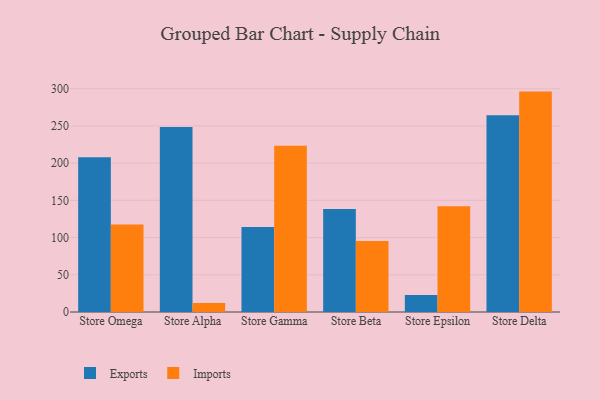
{"axis": {"x": "Store", "y": "Churn Rate (%)"}, "legend": ["Exports", "Imports"], "data": [{"x": "Store Omega", "y": 207.9, "type": "Exports"}, {"x": "Store Omega", "y": 117.6, "type": "Imports"}, {"x": "Store Alpha", "y": 248.7, "type": "Exports"}, {"x": "Store Alpha", "y": 12.0, "type": "Imports"}, {"x": "Store Gamma", "y": 114.3, "type": "Exports"}, {"x": "Store Gamma", "y": 223.4, "type": "Imports"}, {"x": "Store Beta", "y": 138.4, "type": "Exports"}, {"x": "Store Beta", "y": 95.5, "type": "Imports"}, {"x": "Store Epsilon", "y": 22.7, "type": "Exports"}, {"x": "Store Epsilon", "y": 142.0, "type": "Imports"}, {"x": "Store Delta", "y": 264.2, "type": "Exports"}, {"x": "Store Delta", "y": 296.1, "type": "Imports"}]}